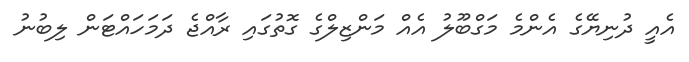
އެއީ ދުނިޔޭގެ އެންމެ މަގްބޫލު އެއް މަންޒިލްގެ ގޮތުގައި ރާއްޖެ ދަމަހައްޓަން ލިބުނު